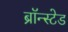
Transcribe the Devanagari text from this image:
ब्रॉन्स्टेड